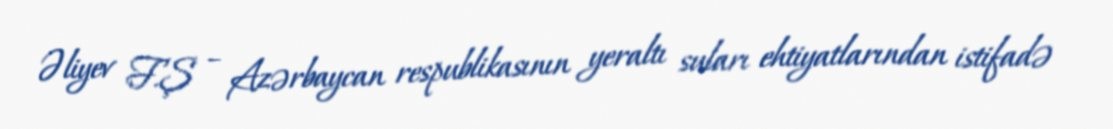
Əliyev F.Ş – Azərbaycan respublikasının yeraltı suları ehtiyatlarından istifadə